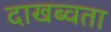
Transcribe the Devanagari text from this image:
दाखब्वता